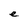
Character: e